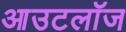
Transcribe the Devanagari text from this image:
आउटलॉज